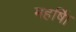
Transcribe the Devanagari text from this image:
महर्षि।